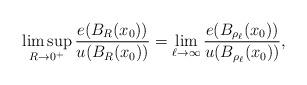
LaTeX: \begin{align*}\limsup_{R\to 0^+}\frac{e(B_R(x_0))}{u(B_R(x_0))} = \lim_{\ell\to\infty} \frac{e(B_{\rho_\ell}(x_0))}{u(B_{\rho_\ell}(x_0))},\end{align*}